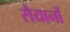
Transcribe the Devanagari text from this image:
सैयानों